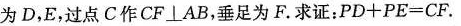
为D，E，过点C作CF⊥AB，垂足为F。求证：$$P D + P E =C F$$.